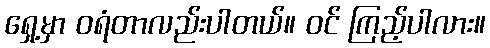
ရှေ့မှာ ဝရံတာလည်းပါတယ်။ ဝင် ကြည့်ပါလား။